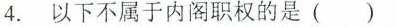
4.以下不属于内阁职权的是()